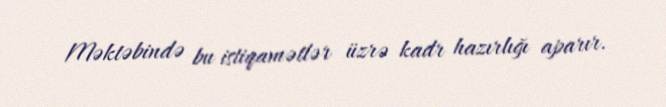
Məktəbində bu istiqamətlər üzrə kadr hazırlığı aparır.